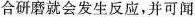
合研磨就会发生反应，并可闻